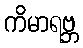
ကိမာရဗ္ဘ